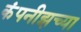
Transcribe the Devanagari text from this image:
कंपनीझच्या